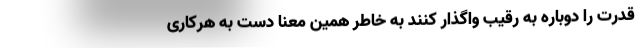
قدرت را دوباره به رقیب واگذار کنند به خاطر همین معنا دست به هرکاری